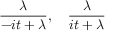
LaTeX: { \frac { \lambda } { - i t + \lambda } } , \quad { \frac { \lambda } { i t + \lambda } }